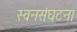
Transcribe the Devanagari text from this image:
स्वनसंघटना